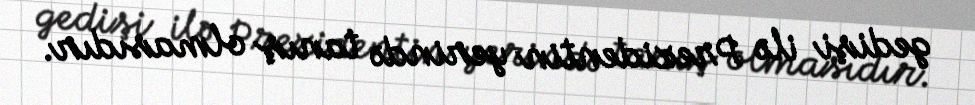
gedişi ilə Prezidentin yerində tanış olmasıdır.